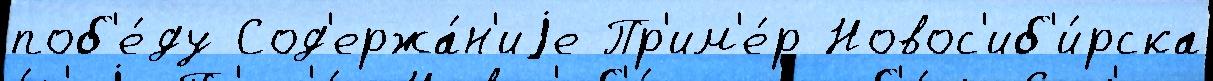
поб'е́ду Сод'ержа́н'иjе Пр'им'е́р Новос'иб'и́рска